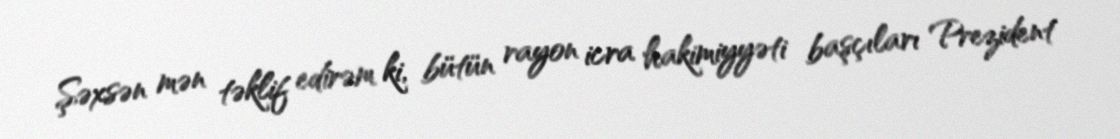
Şəxsən mən təklif edirəm ki, bütün rayon icra hakimiyyəti başçıları Prezident